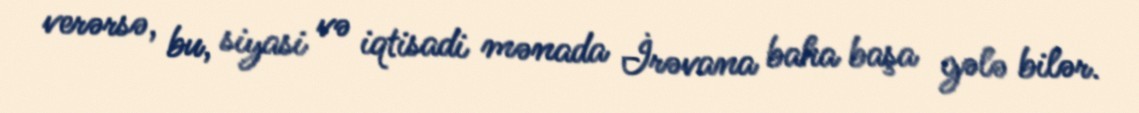
verərsə, bu, siyasi və iqtisadi mənada İrəvana baha başa gələ bilər.